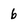
Character: 6